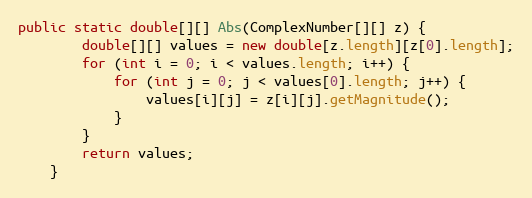
Language: Java
public static double[][] Abs(ComplexNumber[][] z) {
        double[][] values = new double[z.length][z[0].length];
        for (int i = 0; i < values.length; i++) {
            for (int j = 0; j < values[0].length; j++) {
                values[i][j] = z[i][j].getMagnitude();
            }
        }
        return values;
    }